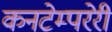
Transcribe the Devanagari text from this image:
कनटेम्परेरी